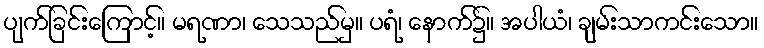
ပျက်ခြင်းကြောင့်။ မရဏာ၊ သေသည်မှ။ ပရံ၊ နောက်၌။ အပါယံ၊ ချမ်းသာကင်းသော။